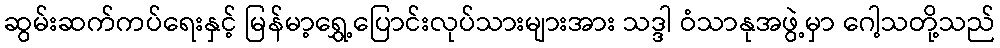
ဆွမ်းဆက်ကပ်ရေးနှင့် မြန်မာ့ရွှေ့ပြောင်းလုပ်သားများအား သဒ္ဒါ ဝံသာနုအဖွဲ့မှာ ဂေါ့သတို့သည်